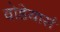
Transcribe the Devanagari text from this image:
वोडेयार्स